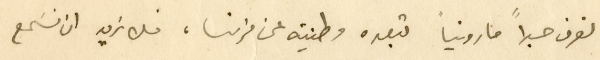
نعرف حبرا" مارونيا" تبعده وطنيته عن فرنسا، فلا نريد ان نسَمع